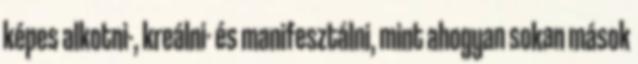
képes alkotni-, kreálni- és manifesztálni, mint ahogyan sokan mások